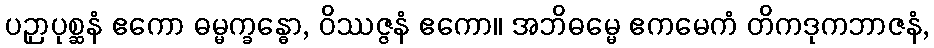
ပဉှာပုစ္ဆနံ ဧကော ဓမ္မက္ခန္ဓော, ဝိဿဇ္ဇနံ ဧကော။ အဘိဓမ္မေ ဧကမေကံ တိကဒုကဘာဇနံ,